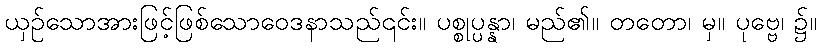
ယှဉ်သောအားဖြင့်ဖြစ်သောဝေဒနာသည်၎င်း။ ပစ္စုပ္ပန္နာ၊ မည်၏။ တတော၊ မှ။ ပုဗ္ဗေ၊ ၌။